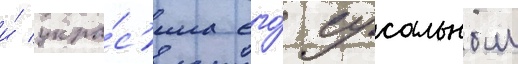
и́ укра́с'ила его́ сусальным